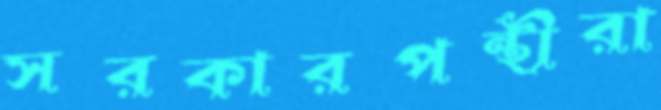
সরকারপন্থীরা